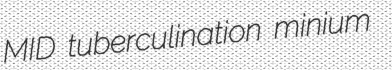
MID tuberculination minium